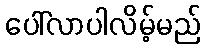
ပေါ်လာပါလိမ့်မည်